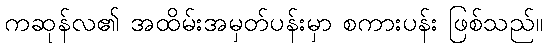
ကဆုန်လ၏ အထိမ်းအမှတ်ပန်းမှာ စကားပန်း ဖြစ်သည်။